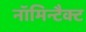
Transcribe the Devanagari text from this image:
नॉमिन्टैक्ट